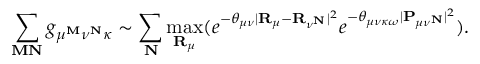
\sum _ { \mathbf { M } \mathbf { N } } g _ { \mu ^ { \mathbf { M } } \nu ^ { \mathbf { N } } \kappa } \sim \sum _ { \mathbf { N } } \operatorname* { m a x } _ { \mathbf { R } _ { \mu } } ( e ^ { - \theta _ { \mu \nu } | \mathbf { R } _ { \mu } - \mathbf { R } _ { \nu ^ { \mathbf { N } } } | ^ { 2 } } e ^ { - \theta _ { \mu \nu \kappa \omega } | \mathbf { P } _ { \mu \nu ^ { \mathbf { N } } } | ^ { 2 } } ) .